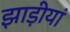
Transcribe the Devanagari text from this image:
झाड़ीयां